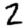
Digit: 2